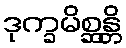
ဒုက္ခမိစ္ဆန္တိ